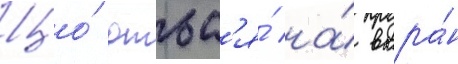
Що́ дтьс'я́ на́ вкра́н